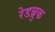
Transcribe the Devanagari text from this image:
रेडब्रुक